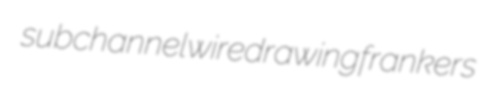
subchannel wiredrawing frankers